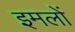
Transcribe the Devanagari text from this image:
इमलों